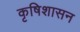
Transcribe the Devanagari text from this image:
कृषिशासन